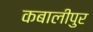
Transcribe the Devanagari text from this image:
कबालीपुर